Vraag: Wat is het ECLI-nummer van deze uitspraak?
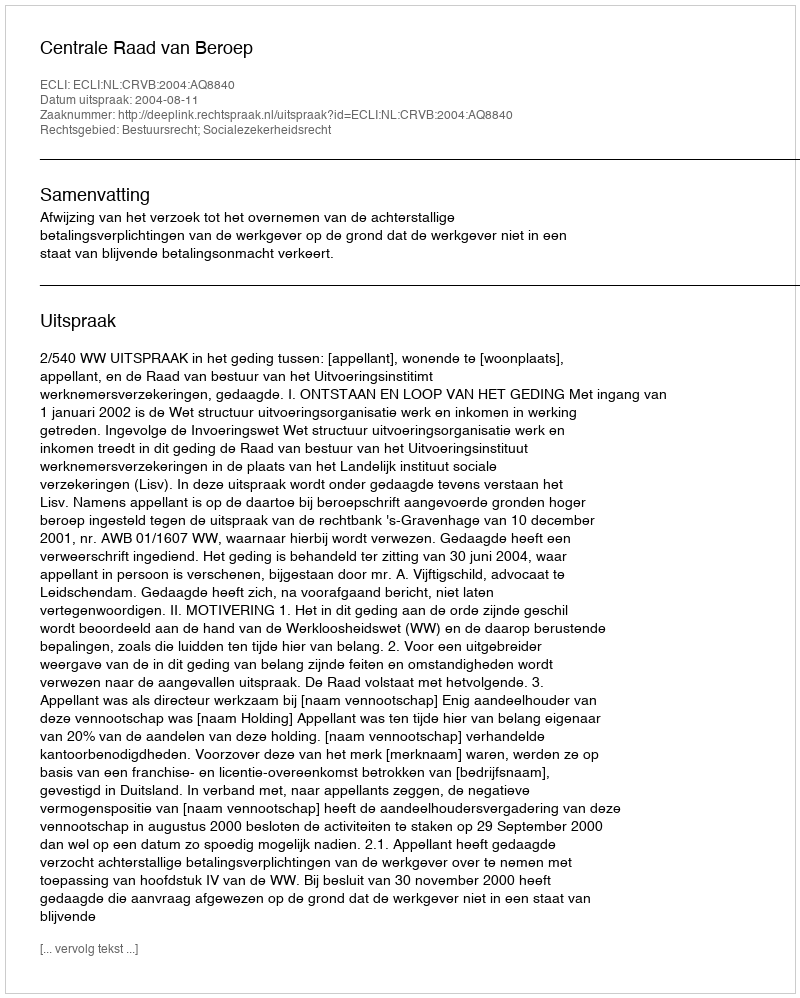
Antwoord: ECLI:NL:CRVB:2004:AQ8840